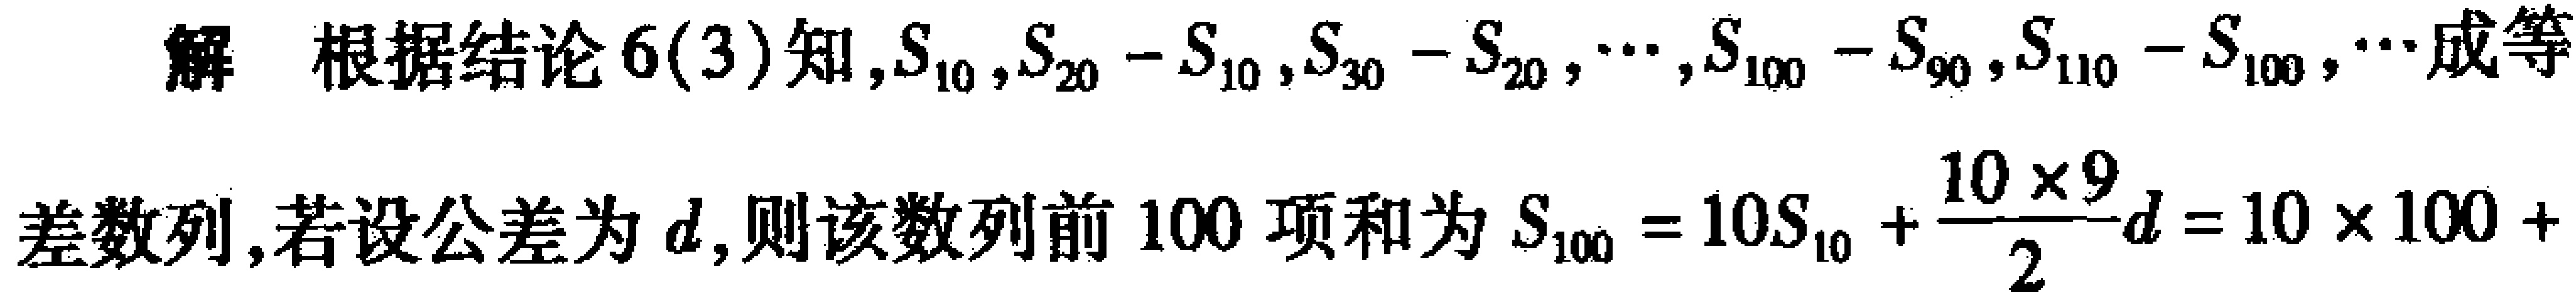
解 根据结论6(3)知,$S_{10},S_{20}-S_{10},S_{30}-S_{20},\cdots,S_{100}-S_{90},S_{110}-S_{100},\cdots$成等差数列,若设公差为$d$,则该数列前$100$项和为$S_{100}=10S_{10}+\frac{10\times9}{2}d = 10\times100 +$